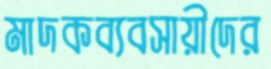
মাদকব্যবসায়ীদের